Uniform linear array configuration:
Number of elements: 32
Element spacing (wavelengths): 0.25
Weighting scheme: binomial
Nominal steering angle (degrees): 60
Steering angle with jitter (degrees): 58.66
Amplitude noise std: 0.05
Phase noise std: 0.05

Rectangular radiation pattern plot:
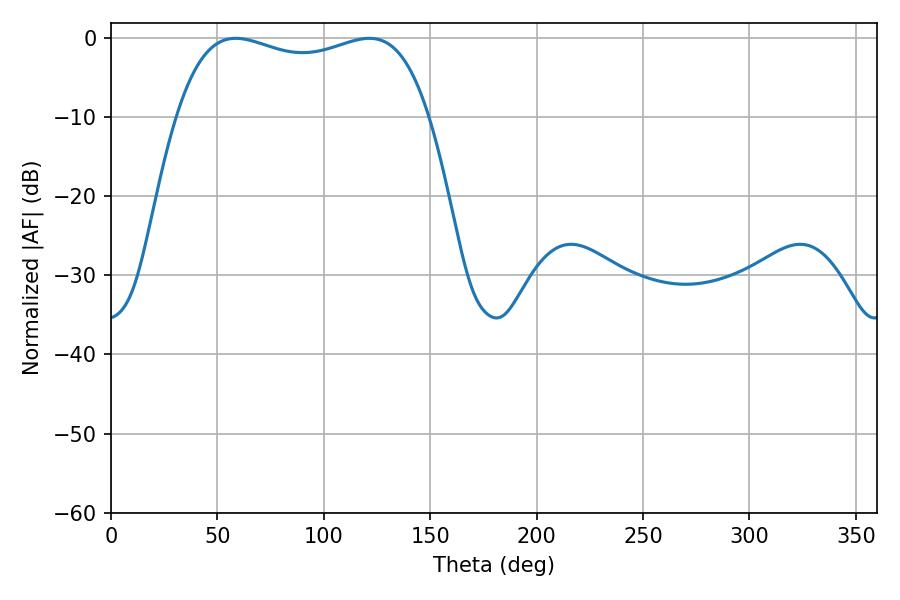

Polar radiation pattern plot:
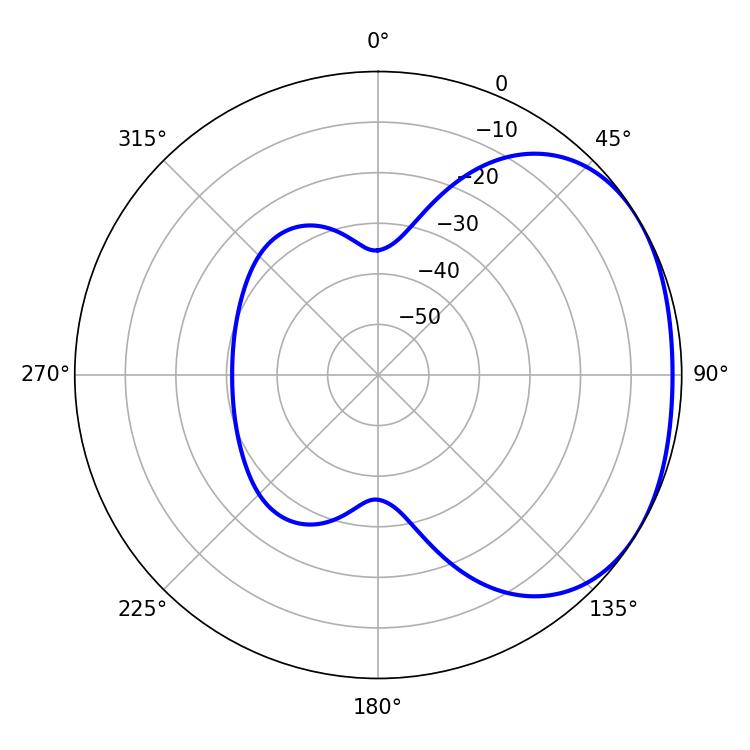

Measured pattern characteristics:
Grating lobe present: FALSE
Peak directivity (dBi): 1.92
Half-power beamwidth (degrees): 96.48
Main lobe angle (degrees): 58.68